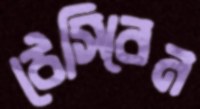
ঠেসিবেন